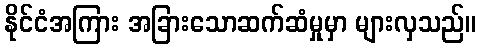
နိုင်ငံအကြား အခြားသောဆက်ဆံမှုမှာ များလှသည်။